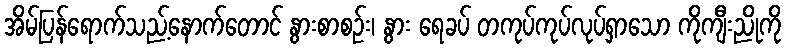
အိမ်ပြန်ရောက်သည့်နောက်တောင် နွားစာစဉ်း၊ နွား ရေခပ် တကုပ်ကုပ်လုပ်ရှာသော ကိုကျီးညိုကို